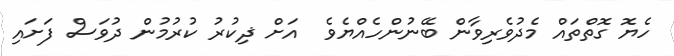
ހެޔޮ ގޮތްތައް މެދުވެރިވާން ބޭނުންހެއްޔެވެ  އަށް ޛިކުރު ކުރުމުން ދުވަސް ފަށައި